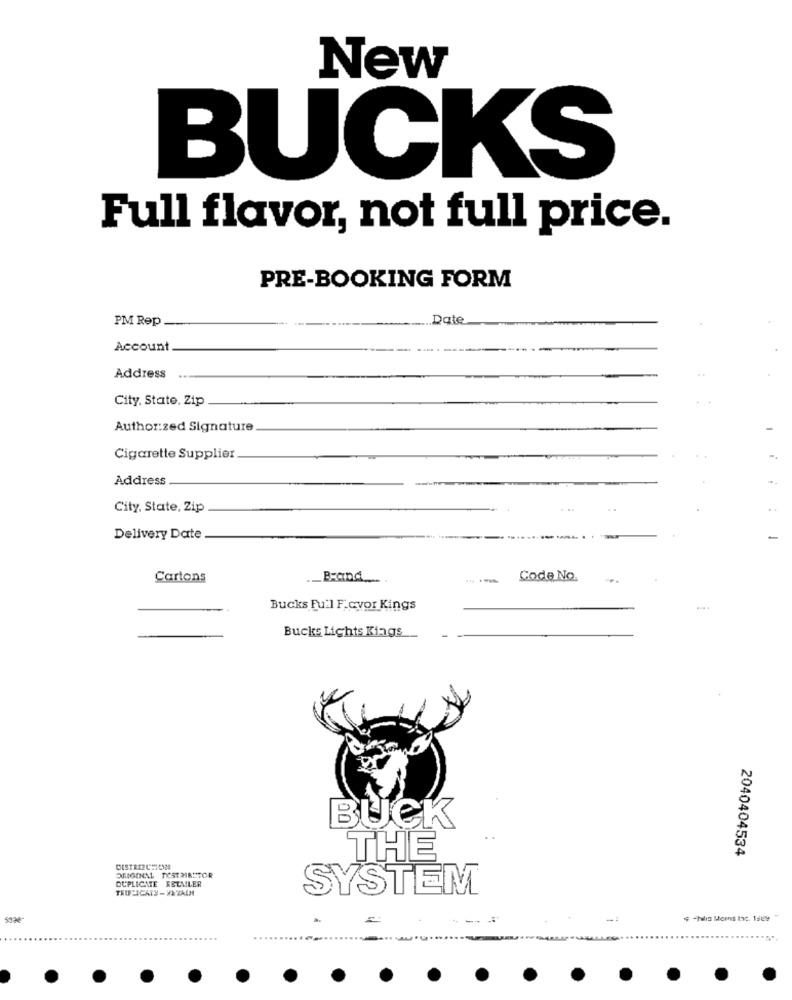
New
BUCKS
Full flavor, not full price.
PRE-BOOKING FORM
PM Rep
Date
Account
Address
City, State. Zip
Author:zed Signature
Cigarette Supplier
Address
City, State, Zip
Delivery Date
Cartons
Brand
---
Code No.
Bucks Fu'l F.cvor Kings
Bucks Lights Kings
00
BUCK
2040404534
THE
DISTRIZCHION
DUPLICATE RETMLER
TRUFFPICATY - WIVALN
SYSTEM